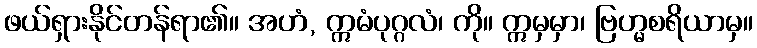
ဖယ်ရှားနိုင်တန်ရာ၏။ အဟံ, ဣမံပုဂ္ဂလံ၊ ကို။ ဣမှမှာ၊ ဗြဟ္မစရိယာမှ။